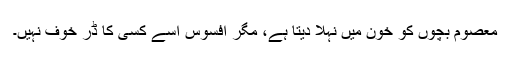
معصوم بچوں کو خون میں نہلا دیتا ہے، مگر افسوس اُسے کِسی کا ڈر خوف نہیں۔